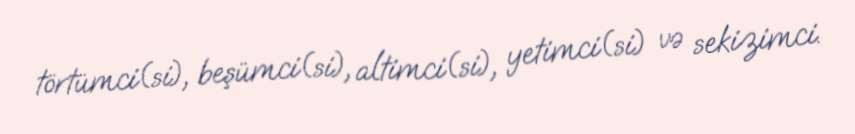
törtümci(si), beşümci(si), altimci(si), yetimci(si) və sekizimci.